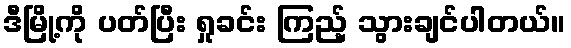
ဒီမြို့ကို ပတ်ပြီး ရှုခင်း ကြည့် သွားချင်ပါတယ်။